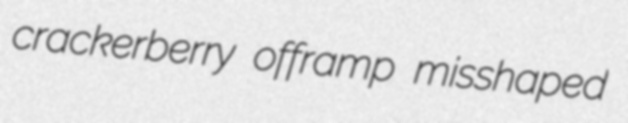
crackerberry offramp misshaped